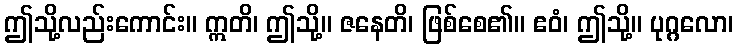
ဤသို့လည်းကောင်း။ ဣတိ၊ ဤသို့။ ဇနေတိ၊ ဖြစ်စေ၏။ ဧဝံ၊ ဤသို့။ ပုဂ္ဂလော၊